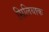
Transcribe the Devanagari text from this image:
सिलियाक